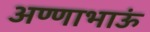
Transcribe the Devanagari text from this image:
अण्णाभाऊं